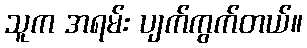
သူက အရမ်း ပျက်ကွက်တယ်။